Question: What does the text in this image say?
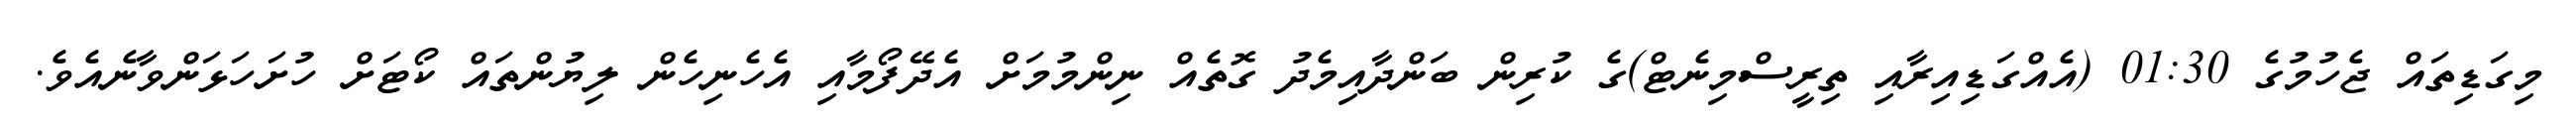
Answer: މިގަޑިތައް ޖެހުމުގެ 01:30 (އެއްގަޑިއިރާއި ތިރީސްމިނެޓް)ގެ ކުރިން ބަންދާއިމެދު ގޮތެއް ނިންމުމަށް އެދޭފޯމާއި އެހެނިހެން ލިޔުންތައް ކޯޓަށް ހުށަހަޅަންވާނެއެވެ.